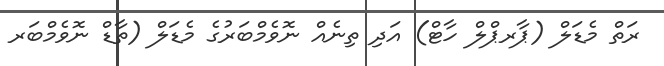
ރަތް މެޑަލް (ޕާރޕްލް ހާޓް) އަދި ތިނެއް ނޮވެމްބަރުގެ މެޑަލް (ތާޑް ނޮވެމްބަރ